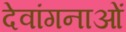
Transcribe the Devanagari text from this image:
देवांगनाओं